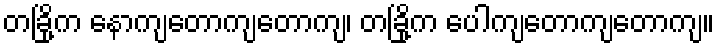
တခြို့က နောကျတောကျတောကျ၊ တခြို့က ပေါကျတောကျတောကျ။